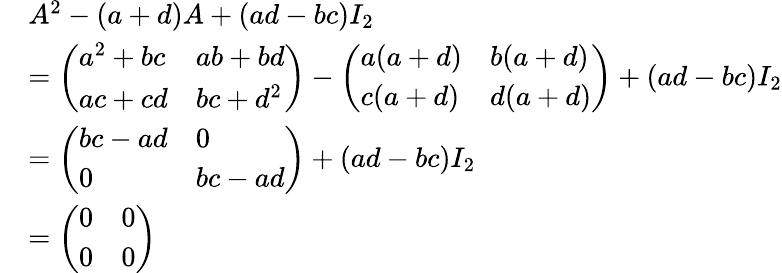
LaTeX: {\begin{array}{rl}&{A^{2}-(a+d)A+(ad-bc)I_{2}}\\ &{={\left(\begin{array}{ll}{a^{2}+bc}&{ab+bd}\\ {ac+cd}&{bc+d^{2}}\end{array}\right)}-{\left(\begin{array}{ll}{a(a+d)}&{b(a+d)}\\ {c(a+d)}&{d(a+d)}\end{array}\right)}+(ad-bc)I_{2}}\\ &{={\left(\begin{array}{ll}{bc-ad}&{0}\\ {0}&{bc-ad}\end{array}\right)}+(ad-bc)I_{2}}\\ &{={\left(\begin{array}{ll}{0}&{0}\\ {0}&{0}\end{array}\right)}}\end{array}}